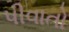
પીવાતો